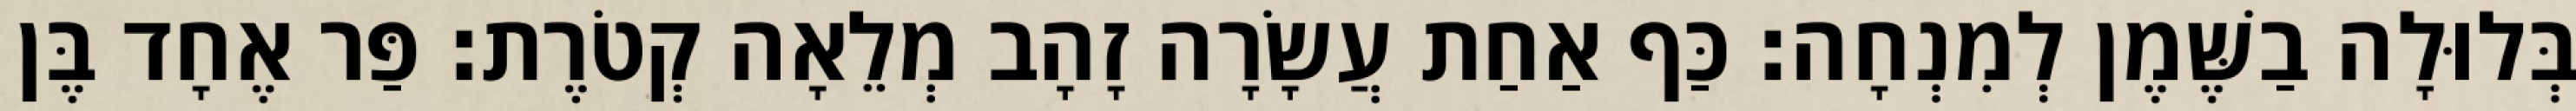
בְּלוּלָה בַשֶּׁמֶן לְמִנְחָה׃ כַּף אַחַת עֲשָׂרָה זָהָב מְלֵאָה קְטֹרֶת׃ פַּר אֶחָד בֶּן